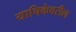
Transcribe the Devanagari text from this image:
याचिकेवरील